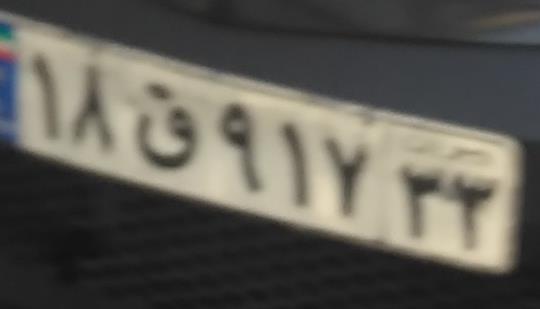
۱۸ق۹۱۷۳۳